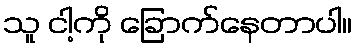
သူ ငါ့ကို ခြောက်နေတာပါ။